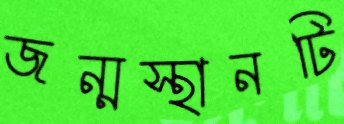
জন্মস্থানটি